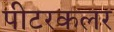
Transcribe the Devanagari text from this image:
पीटरकलर